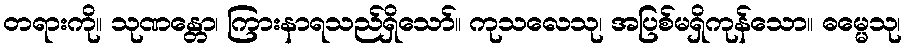
တရားကို။ သုဏန္တော၊ ကြားနာရသည်ရှိသော်။ ကုသလေသု၊ အပြစ်မရှိကုန်သော။ ဓမ္မေသု၊